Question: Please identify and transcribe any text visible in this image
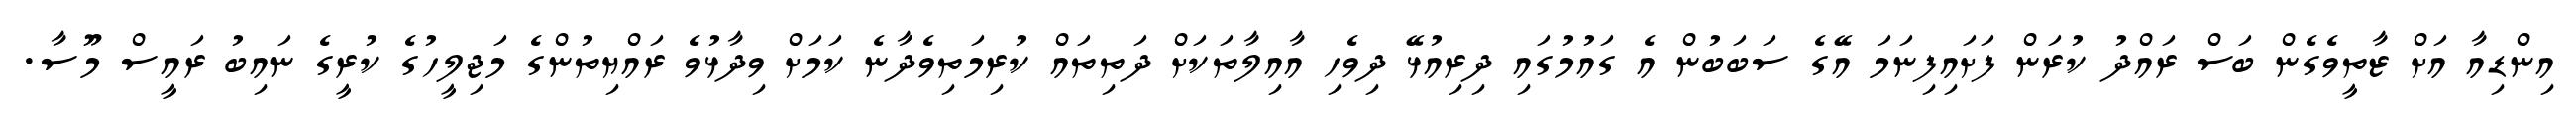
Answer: އިންޑިއާ އަށް ޒާތީވެގެން ބަސް ރައްދު ކުރަން ފަށައިފިނަމަ އޭގެ ސަބަބުން އެ ގައުމުގައި ދިރިއުޅޭ ދިވެހި އާއިލާތަކަށް ދަތިތައް ކުރިމަތިވެދާނެ ކަމަށް ވިދާޅުވެ ރައްޔިތުންގެ މަޖިލީހުގެ ކުރީގެ ނައިބު ރައީސް މޫސާ.